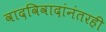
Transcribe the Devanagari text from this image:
वादविवादांनंतरही